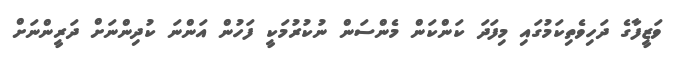
ވަޒީފާގެ ދަހިވެތިކަމުގައި މިފަދަ ކަންކަން މެންސަން ނުކުރުމަކީ ފަހުން އަންނަ ކުދިންނަށް ދަރީންނަށް